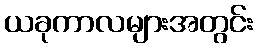
ယခုကာလများအတွင်း